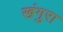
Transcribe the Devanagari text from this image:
खंगुरा